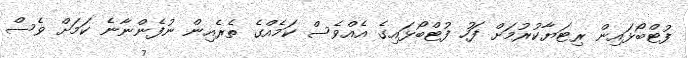
ފުޓްބޯޅައިން ރިޓަޔާކުރުމަށް ފަހު ފުޓްބޯޅައިގެ އެއްވެސް ކަމެއްގެ ތެރެއިން ނުފެންނާނެ ކަމަށް ވެސް